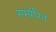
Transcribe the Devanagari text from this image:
सम्प्रेरित